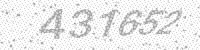
Solution: 431652